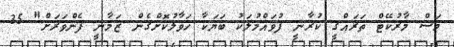
މަސް މާރުކޭޓް ތަރައްގީ ކުރާނީ ފުވައްމުލަކު ބަޔަކާ ހަވާލުކޮށްގެން ޒަމާނީ ފެންވަރަށް" 35